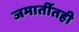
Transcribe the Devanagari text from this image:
जमातींतही